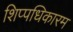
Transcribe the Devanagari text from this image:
शिप्पधिकारम